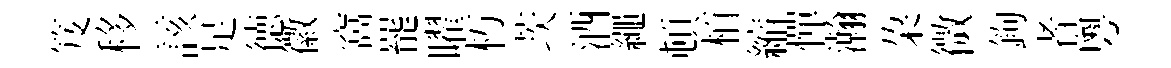
笈移該足徳徽窩罷曜朽茨酒繩頓栢縮憚瀚朶微鉤者粵